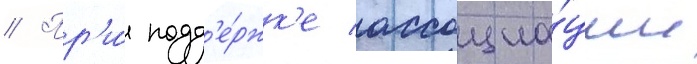
// Пр'и́ подд'е́ржк'е ассоциа́ции